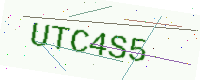
Text: UTC4S5